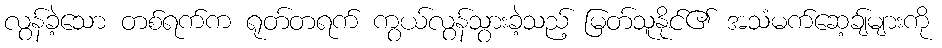
လွန်ခဲ့သော တစ်ရက်က ရုတ်တရက် ကွယ်လွန်သွားခဲ့သည့် မြတ်သူနိုင်၏ အသံမက်ဆေ့ချ်များကို